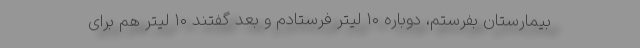
بیمارستان بفرستم، دوباره ۱۰ لیتر فرستادم و بعد گفتند ۱۰ لیتر هم برای